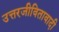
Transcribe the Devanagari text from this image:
उत्तरजीवितावादी